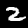
Digit: 2